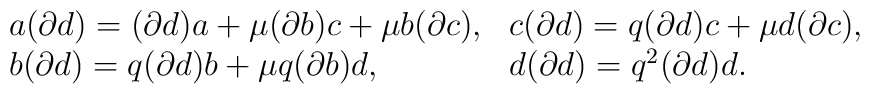
\begin{array}{ll}a(\partial d)=(\partial d)a+\mu (\partial b)c+\mu b(\partial c), &c(\partial d)=q(\partial d)c+\mu d(\partial c), \\b(\partial d)=q(\partial d)b+\mu q(\partial b)d, &d(\partial d)=q^2(\partial d)d.\end{array}